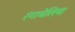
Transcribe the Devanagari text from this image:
रंगाबेलिया